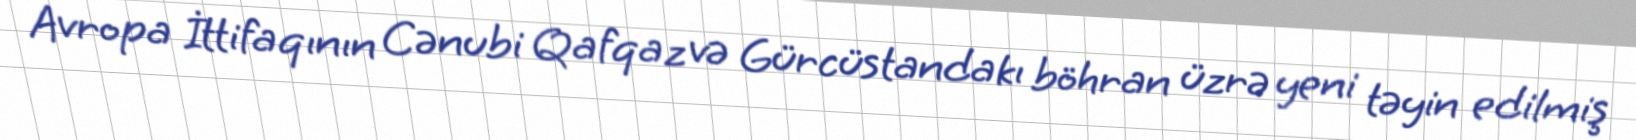
Avropa İttifaqının Cənubi Qafqaz və Gürcüstandakı böhran üzrə yeni təyin edilmiş